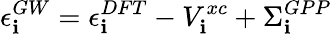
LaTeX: \epsilon_{\mathbf{i}}^{GW}=\epsilon_{\mathbf{i}}^{DFT}-V_{\mathbf{i}}^{xc}+\Sigma_{\mathbf{i}}^{GPP}